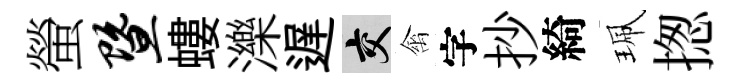
螢暨螻濼遅交禽字抄綺珮揔